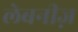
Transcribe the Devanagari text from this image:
लेबनीज़